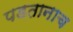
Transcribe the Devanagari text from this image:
पडतानाच